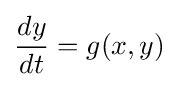
{\frac {dy}{dt}}=g(x,y)